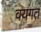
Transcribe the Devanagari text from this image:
वयगत